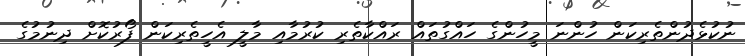
ނުކުޅެދުންތެރިކަން ހުންނަ މީހުންގެ ހައްގުތައް ރައްކާތެރި ކުރުމާއި މާލީ އެހީތެރިކަން ފޯރުކޮށް ދިނުމުގެ